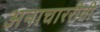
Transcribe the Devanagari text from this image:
अनाचाररीती